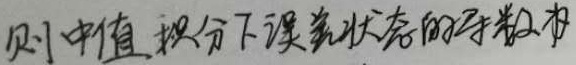
则中值积分下误差状态的导数有